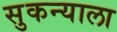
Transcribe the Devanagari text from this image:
सुकन्याला